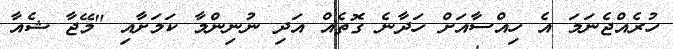
ހުރެއްޖެނަމަ އެ ހިއްސާއަށް ހަދާނެ ގޮތެއް އަދި ނުނިންމާ ކަމަށާއި "މޭޖާ ޝެއާ